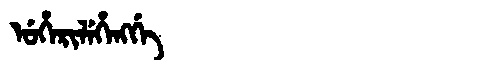
Manchu: ᡠᡥᡝᡵᡳᠯᡝᡥᡝᠩᡤᡝ
Romanization: UHERILEHENGGE